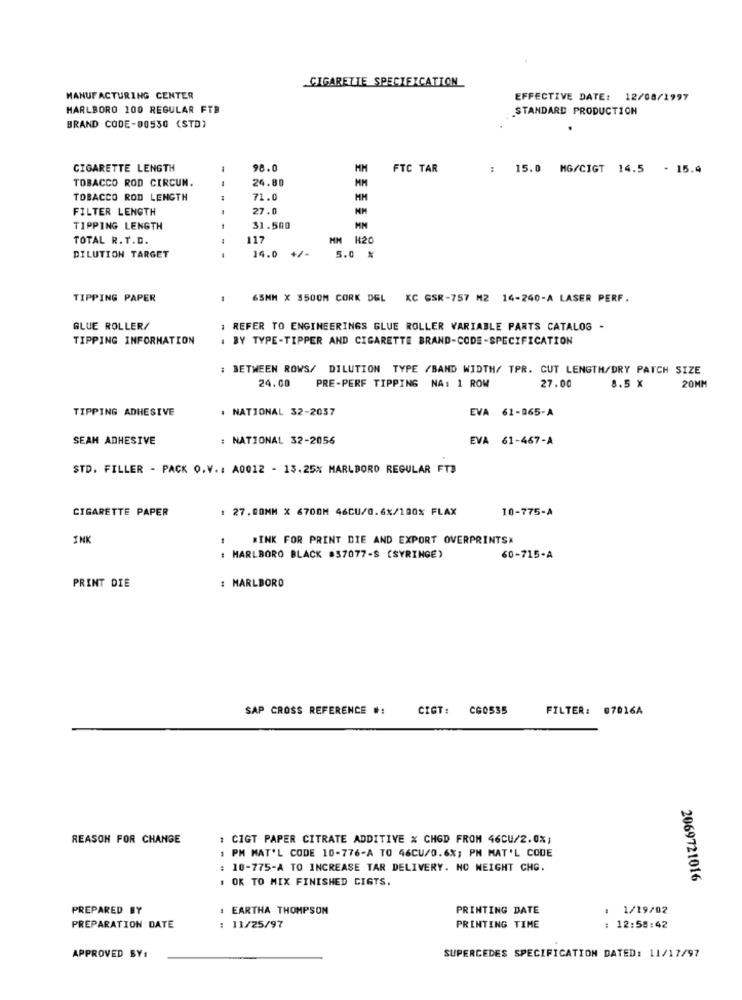
CIGARETTE SPECIFICATION
MANUFACTURING CENTER
EFFECTIVE DATE: 12/08/1997
MARLBORO 100 REGULAR FTR
STANDARD PRODUCTION
BRAND CODE-00530 (STD)
CIGARETTE LENGTH
1
98.0
MH
FTC TAR
: 15.0 MG/CIGT 14.5 - 15.4
TOBACCO ROD CIRCUN.
4
24.80
HM
TOBACCO ROD LENGTH
71.0
MM
FILTER LENGTH
27.0
MM
TIPPING LENGTH
31.500
TOTAL R. T.D.
117
MM H20
14.0
DILUTION TARGET
5.0 %
TIPPING PAPER
65MM X 3500M CORK DEL KC GSR-757 M2 14-240-A LASER PERF.
GLUE ROLLER/
1 REFER TO ENGINEERINGS GLUE ROLLER VARIABLE PARTS CATALOG -
TIPPING INFORMATION
. BY TYPE-TIPPER AND CIGARETTE BRAND-CODE-SPECIFICATION
BETWEEN ROWS/ DILUTION TYPE /BAND WIDTH/ TPR. CUT LENGTH/DRY PATCH SIZE
24.00
27.00
PRE-PERF TIPPING NA: 1 ROW
8.5 X
20MM
TIPPING ADHESIVE
. NATIONAL 32-2037
EVA 61-065-A
SEAM ADHESIVE
: NATIONAL 32-2056
EVA 61-467-A
STD. FILLER - PACK O.V .: A0012 - 13.25% MARLBORO REGULAR FT3
CIGARETTE PAPER
27.COMM X 6700M 46CU/0.6%/100% FLAX
10-775-A
INK
1
WINK FOR PRINT DIE AND EXPORT OVERPRINTSK
MARLBORO BLACK #37077-S (SYRINGE)
60-715-A
PRINT DIE
: MARLBORO
SAP CROSS REFERENCE #:
CIGT:
C60535
FILTER: 07016A
REASON FOR CHANGE
CIGT PAPER CITRATE ADDITIVE % CHOD FROM 46CU/2.0%;
: PM MAT'L CODE 10-776-A TO 46CU/0.6%; PH MAT'L CODE
10-775-A TO INCREASE TAR DELIVERY. NO WEIGHT CHG.
. OK TO MIX FINISHED CIGTS.
2069721016
PREPARED BY
: EARTHA THOMPSON
PRINTING DATE
: 1/19/02
PREPARATION DATE
: 11/25/97
PRINTING TIME
12:58:42
APPROVED BY:
SUPERCEDES SPECIFICATION DATED: 11/17/97